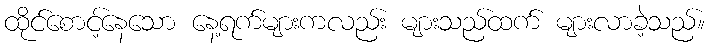
ထိုင်စောင့်နေသော နေ့ရက်များကလည်း များသည်ထက် များလာခဲ့သည်။